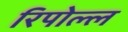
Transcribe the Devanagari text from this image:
रिपोल्ल